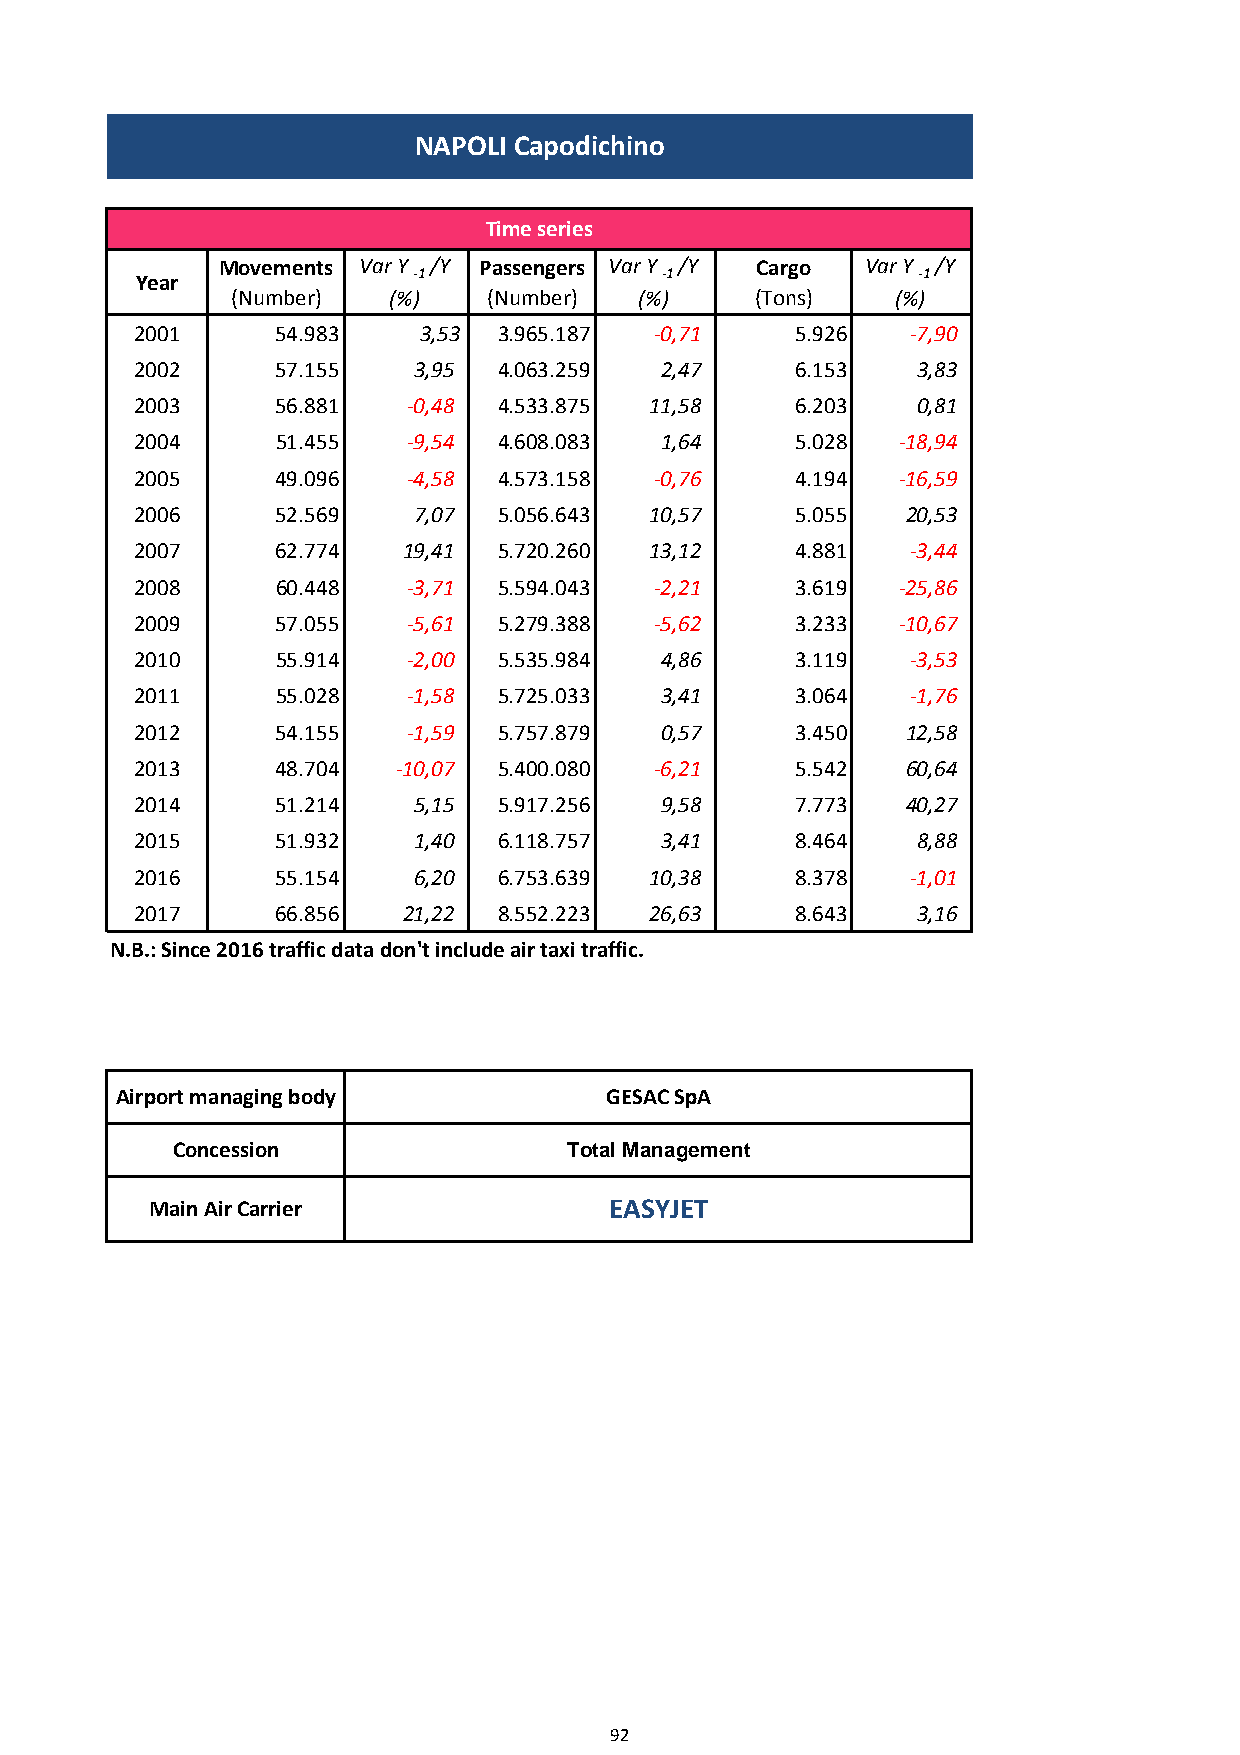
NAPOLI Capodichino
 Time series
 Movements Var Y /Y Passengers Var Y /Y Cargo Var Y /Y
 Year              -1               -1               -1
 (Number)   (%)   (Number)  (%)     (Tons)   (%)
 2001     54.983    3,53 3.965.187 -0,71     5.926  -7,90
 2002     57.155   3,95  4.063.259  2,47     6.153   3,83
 2003     56.881   -0,48 4.533.875 11,58     6.203   0,81
 2004     51.455   -9,54 4.608.083  1,64     5.028 -18,94
 2005     49.096   -4,58 4.573.158 -0,76     4.194 -16,59
 2006     52.569   7,07  5.056.643 10,57     5.055  20,53
 2007     62.774   19,41 5.720.260 13,12     4.881  -3,44
 2008     60.448   -3,71 5.594.043 -2,21     3.619 -25,86
 2009     57.055   -5,61 5.279.388 -5,62     3.233 -10,67
 2010     55.914   -2,00 5.535.984  4,86     3.119  -3,53
 2011     55.028   -1,58 5.725.033  3,41     3.064  -1,76
 2012     54.155   -1,59 5.757.879  0,57     3.450  12,58
 2013     48.704  -10,07 5.400.080 -6,21     5.542  60,64
 2014     51.214   5,15  5.917.256  9,58     7.773  40,27
 2015     51.932   1,40  6.118.757  3,41     8.464   8,88
 2016     55.154   6,20  6.753.639 10,38     8.378  -1,01
 2017     66.856   21,22 8.552.223 26,63     8.643   3,16
 N.B.: Since 2016 traffic data don't include air taxi traffic.
 Airport managing body           GESAC SpA
 Concession                 Total Management
 Main Air Carrier              EASYJET
 92